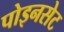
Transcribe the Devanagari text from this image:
पोइनसेट